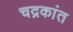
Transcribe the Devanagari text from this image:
चद्रकांत